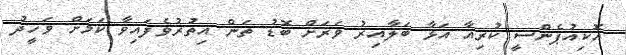
އޮކިއުޕެންސީ ކުރިއާ އަޅާ ބަލާއިރު ވަރަށް ބޮޑު ތަން އިތުރުވެފައިވާ ކަމަށް ވަހީދު